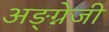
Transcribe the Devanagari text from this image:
अङ्ग्नेजी